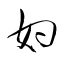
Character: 妁